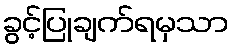
ခွင့်ပြုချက်ရမှသာ